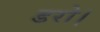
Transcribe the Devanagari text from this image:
डरो।